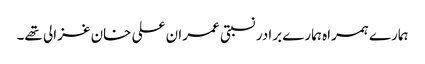
ہمارے ہمراہ ہمارے برادر نسبتی عمران علی خان غزالی تھے۔